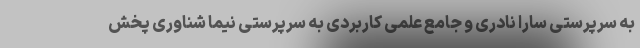
به سرپرستی سارا نادری و جامع علمی کاربردی به سرپرستی نیما شناوری پخش